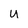
Character: u